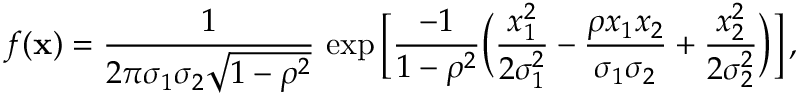
f ( { \bf x } ) = { \frac { 1 } { 2 \pi \sigma _ { 1 } \sigma _ { 2 } \sqrt { 1 - \rho ^ { 2 } } } } \, \exp \Big [ { \frac { - 1 } { 1 - \rho ^ { 2 } } } \Big ( { \frac { x _ { 1 } ^ { 2 } } { 2 \sigma _ { 1 } ^ { 2 } } } - { \frac { \rho x _ { 1 } x _ { 2 } } { \sigma _ { 1 } \sigma _ { 2 } } } + { \frac { x _ { 2 } ^ { 2 } } { 2 \sigma _ { 2 } ^ { 2 } } } \Big ) \Big ] \, ,